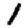
Digit: 1